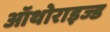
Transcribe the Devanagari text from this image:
ऑथोराइज्ड